Leaving Certificate Examination (including Day School Certificate (Higher) General paper), 1932
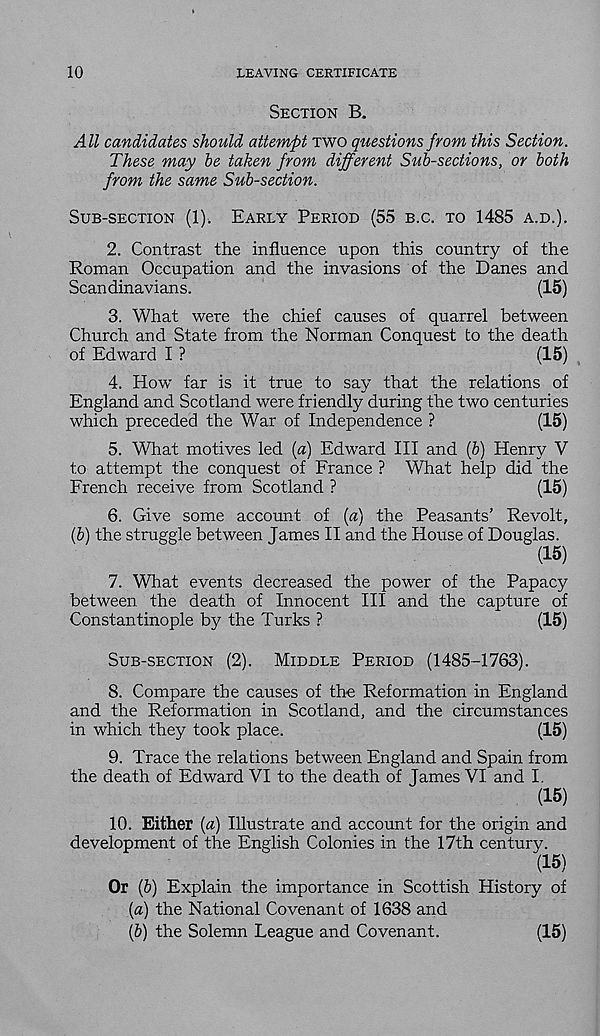
10
LEAVING CERTIFICATE
SECTION B.
All candidates should attempt TWO questions from this Section.
These may be taken from different Sub-sections, or both
from the same Sub-section.
SUB-SECTION (1). EARLY PERIOD (55 B.C. TO 1485 A.D.).
2. Contrast the influence upon this country of the
Roman Occupation and the invasions of the Danes and
Scandinavians.
(15)
3. What were the chief causes of quarrel between
Church and State from the Norman Conquest to the death
of Edward I ?
(15)
4. How far is it true to say that the relations of
England and Scotland were friendly during the two centuries
which preceded the War of Independence ?
(15)
5. What motives led {a) Edward III and (b) Henry V
to attempt the conquest of France ? What help did the
French receive from Scotland ?
(15)
6. Give some account of (a) the Peasants’ Revolt,
(b) the struggle between James II and the House of Douglas.
(15)
7. What events decreased the power of the Papacy
between the death of Innocent HI and the capture of
Constantinople by the Turks ?
(15)
SUB-SECTION (2). MIDDLE PERIOD (1485-1763).
8. Compare the causes of the Reformation in England
and the Reformation in Scotland, and the circumstances
in which they took place.
(15)
9. Trace the relations between England and Spain from
the death of Edward VI to the death of Tames VI and I.
(15)
10. Either (a) Illustrate and account for the origin and
development of the English Colonies in the 17th century.
(15)
Or (b) Explain the importance in Scottish History of
(a) the National Covenant of 1638 and
(b) the Solemn League and Covenant.
(15)